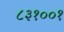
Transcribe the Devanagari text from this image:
८३१००१